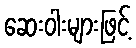
ဆေးဝါးများဖြင့်